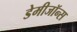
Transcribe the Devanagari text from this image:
डेमीजॉन्स